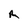
Character: R